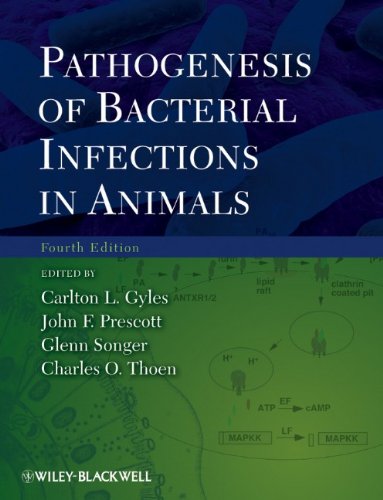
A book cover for Pathogenesis of Bacterial Infections in Animals; Medical Books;